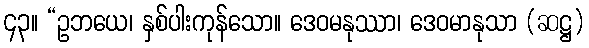
၄၃။ “ဥဘယေ၊ နှစ်ပါးကုန်သော။ ဒေဝမနုဿာ၊ ဒေဝမာနုသာ (ဆဋ္ဌ)